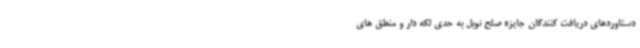
دستاوردهای دریافت کنندگان جایزه صلح نوبل به حدی لکه دار و منطق های